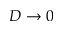
D \to 0